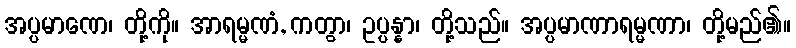
အပ္ပမာဏေ၊ တို့ကို။ အာရမ္မဏံ, ကတွာ၊ ဥပ္ပန္နာ၊ တို့သည်။ အပ္ပမာဏာရမ္မဏာ၊ တို့မည်၏။